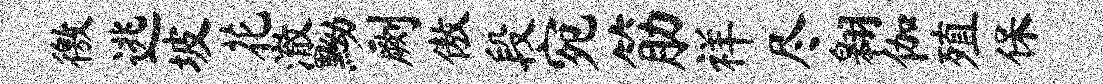
徼逃坡花澈黝劂傲段宛筋祥尽翱伽殖保